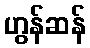
ဟွန်ဆန်